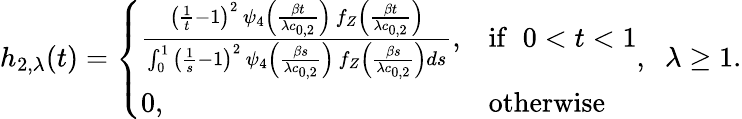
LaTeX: h_{2,\lambda}(t)=\left\{ \begin{array}{ll}{\frac{\left(\frac{1}{t}-1\right)^{2}\, \psi_{4}\left(\frac{\beta t}{\lambda c_{0,2}}\right)\, f_{Z}\left(\frac{\beta t}{\lambda c_{0,2}}\right)}{\int_{0}^{1}\left(\frac{1}{s}-1\right)^{2}\, \psi_{4}\left(\frac{\beta s}{\lambda c_{0,2}}\right)\, f_{Z}\left(\frac{\beta s}{\lambda c_{0,2}}\right)ds},}&{\mathrm{if}\; \; 0<t<1}\\ {0,}&{\mathrm{otherwise}}\end{array}\right.,\; \; \lambda\geq 1.